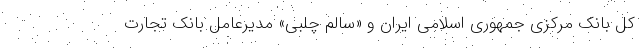
کل بانک مرکزی جمهوری اسلامی ایران و «سالم چلبی» مدیرعامل بانک تجارت